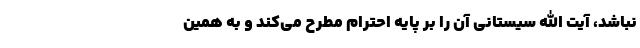
نباشد، آیت‌ الله سیستانی آن را بر پایه احترام مطرح می‌کند و به همین